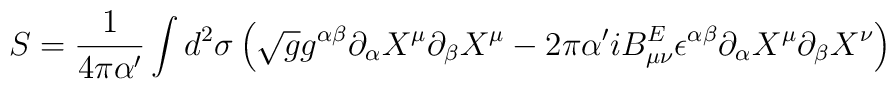
S=\frac{1}{4\pi\alpha'}\int d^2\sigma \left( \sqrt{g}g^{\alpha \beta}\partial_{\alpha}X^\mu\partial_{\beta}X^\mu -2\pi\alpha'iB^E_{\mu\nu}\epsilon^{\alpha \beta}\partial_{\alpha}X^\mu \partial_{\beta}X^\nu \right)